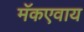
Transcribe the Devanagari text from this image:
मॅकएवाय